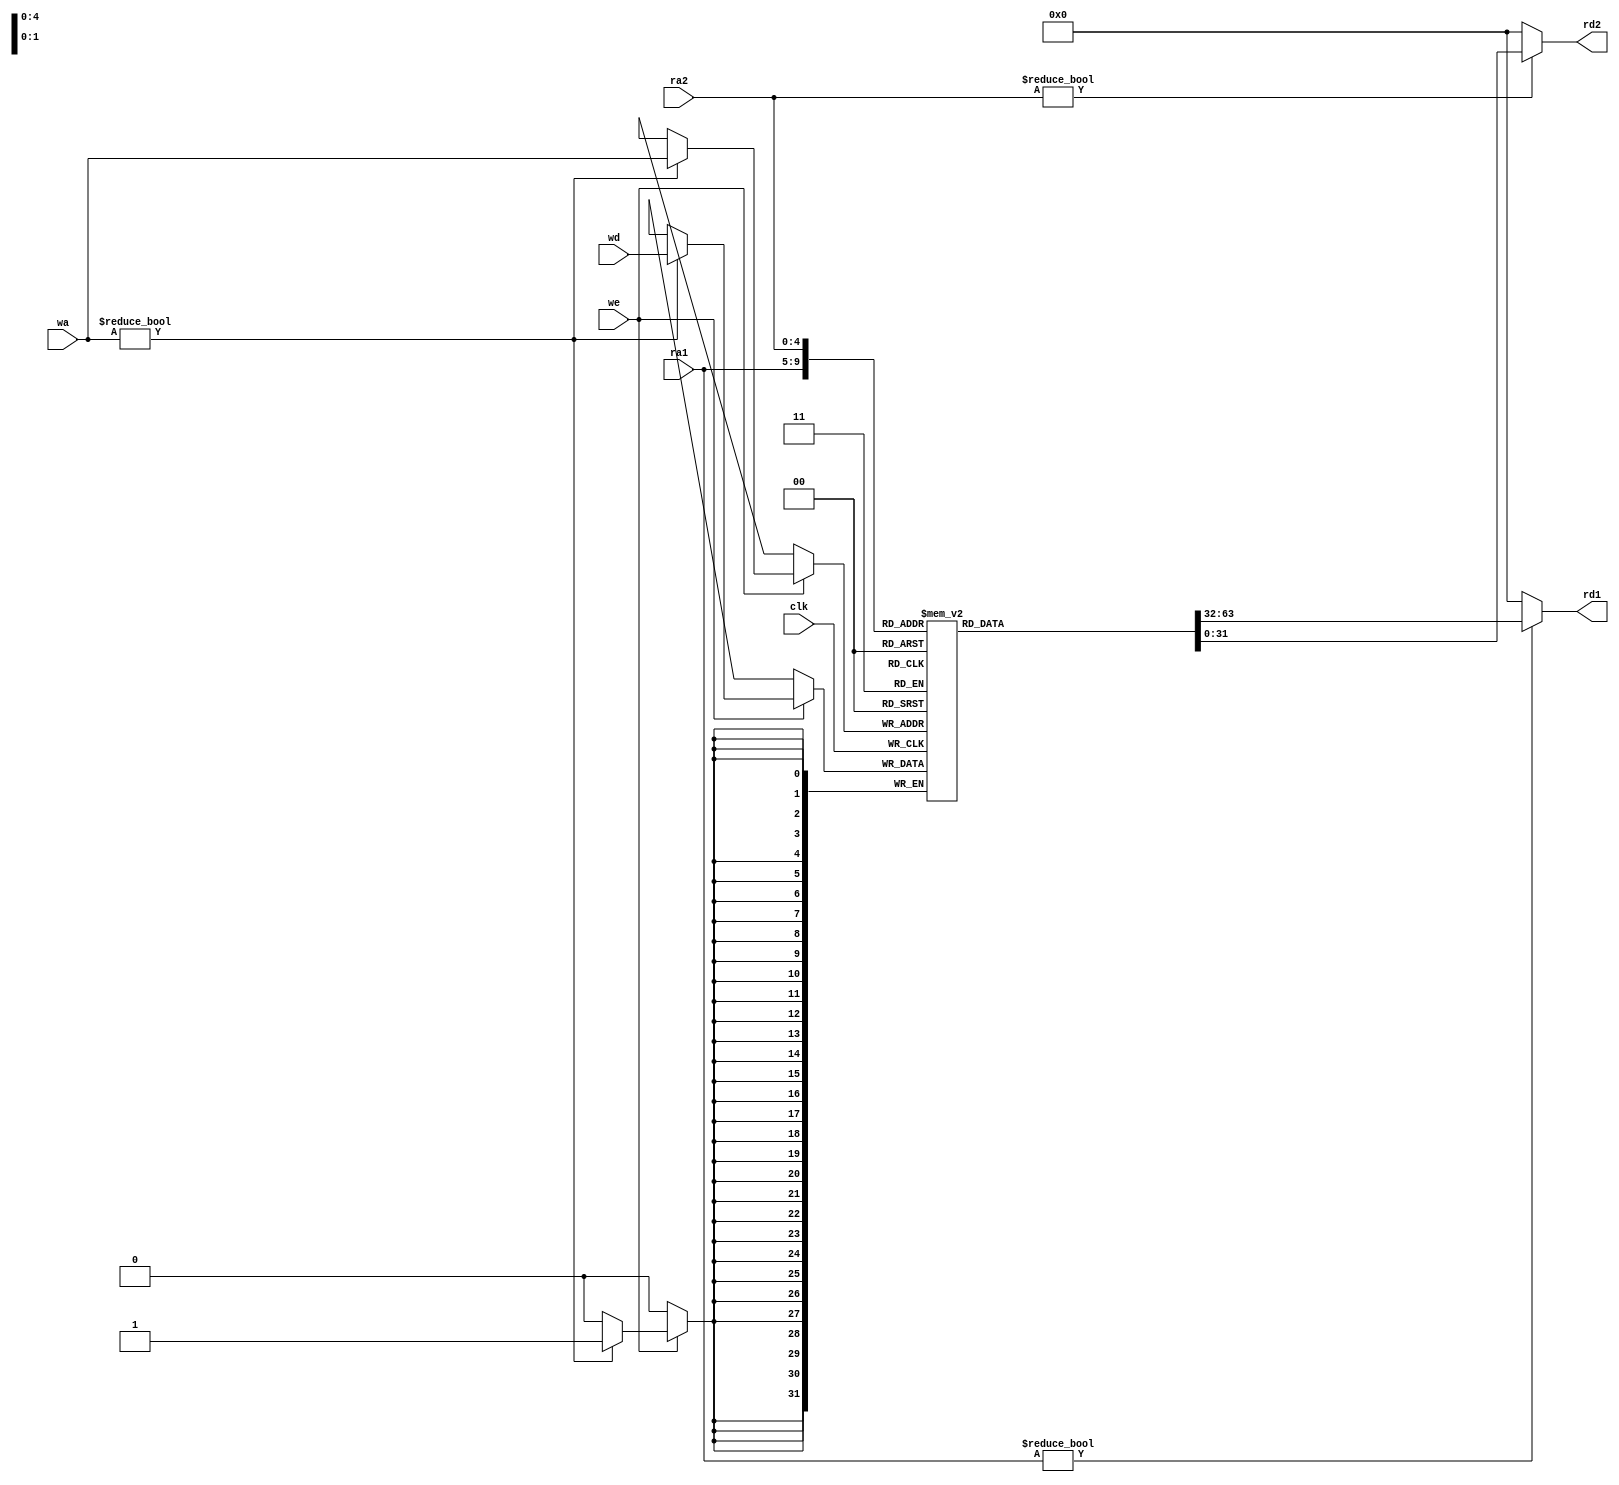
`timescale 1ns / 1ps
//////////////////////////////////////////////////////////////////////////////////
// Company: 
// Engineer: 
// 
// Design Name: 
// Module Name: register_file
// Project Name: 
// Target Devices: 
// Tool Versions: 
// Description: 
// 
// Dependencies: 
// 
// Revision:
// Revision 0.01 - File Created
// Additional Comments:
// 
//////////////////////////////////////////////////////////////////////////////////


module  register_file (
    input         clk,		//
    input  [4:0]  ra1, ra2,	//
    output [31:0] rd1, rd2,	//
    input  [4:0]  wa,		//
    input  [31:0] wd,	    //
    input         we		//
);
    reg [31:0] rf[1:31]; 	//

    assign rd1 = ra1 ? rf[ra1] : 0; 	//
    assign rd2 = ra2 ? rf[ra2] : 0;

    always @(posedge clk)
        if (we)
            if (wa) rf[wa] <= wd;   //
endmodule